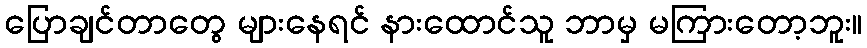
ပြောချင်တာတွေ များနေရင် နားထောင်သူ ဘာမှ မကြားတော့ဘူး။